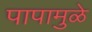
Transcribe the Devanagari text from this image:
पापामुळे